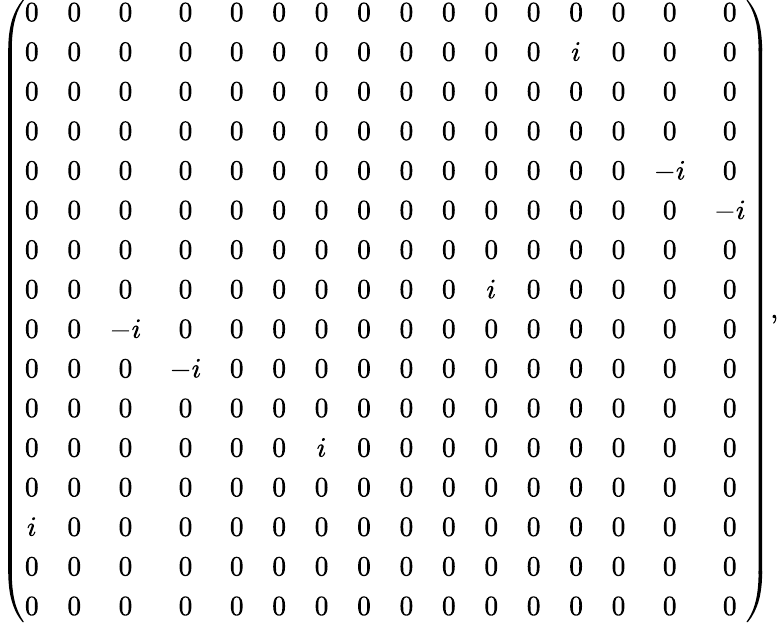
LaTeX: \left(\begin{array}{cccccccccccccccc}{{0}}&{{0}}&{{0}}&{{0}}&{{0}}&{{0}}&{{0}}&{{0}}&{{0}}&{{0}}&{{0}}&{{0}}&{{0}}&{{0}}&{{0}}&{{0}}\\ {{0}}&{{0}}&{{0}}&{{0}}&{{0}}&{{0}}&{{0}}&{{0}}&{{0}}&{{0}}&{{0}}&{{0}}&{{i}}&{{0}}&{{0}}&{{0}}\\ {{0}}&{{0}}&{{0}}&{{0}}&{{0}}&{{0}}&{{0}}&{{0}}&{{0}}&{{0}}&{{0}}&{{0}}&{{0}}&{{0}}&{{0}}&{{0}}\\ {{0}}&{{0}}&{{0}}&{{0}}&{{0}}&{{0}}&{{0}}&{{0}}&{{0}}&{{0}}&{{0}}&{{0}}&{{0}}&{{0}}&{{0}}&{{0}}\\ {{0}}&{{0}}&{{0}}&{{0}}&{{0}}&{{0}}&{{0}}&{{0}}&{{0}}&{{0}}&{{0}}&{{0}}&{{0}}&{{0}}&{{-i}}&{{0}}\\ {{0}}&{{0}}&{{0}}&{{0}}&{{0}}&{{0}}&{{0}}&{{0}}&{{0}}&{{0}}&{{0}}&{{0}}&{{0}}&{{0}}&{{0}}&{{-i}}\\ {{0}}&{{0}}&{{0}}&{{0}}&{{0}}&{{0}}&{{0}}&{{0}}&{{0}}&{{0}}&{{0}}&{{0}}&{{0}}&{{0}}&{{0}}&{{0}}\\ {{0}}&{{0}}&{{0}}&{{0}}&{{0}}&{{0}}&{{0}}&{{0}}&{{0}}&{{0}}&{{i}}&{{0}}&{{0}}&{{0}}&{{0}}&{{0}}\\ {{0}}&{{0}}&{{-i}}&{{0}}&{{0}}&{{0}}&{{0}}&{{0}}&{{0}}&{{0}}&{{0}}&{{0}}&{{0}}&{{0}}&{{0}}&{{0}}\\ {{0}}&{{0}}&{{0}}&{{-i}}&{{0}}&{{0}}&{{0}}&{{0}}&{{0}}&{{0}}&{{0}}&{{0}}&{{0}}&{{0}}&{{0}}&{{0}}\\ {{0}}&{{0}}&{{0}}&{{0}}&{{0}}&{{0}}&{{0}}&{{0}}&{{0}}&{{0}}&{{0}}&{{0}}&{{0}}&{{0}}&{{0}}&{{0}}\\ {{0}}&{{0}}&{{0}}&{{0}}&{{0}}&{{0}}&{{i}}&{{0}}&{{0}}&{{0}}&{{0}}&{{0}}&{{0}}&{{0}}&{{0}}&{{0}}\\ {{0}}&{{0}}&{{0}}&{{0}}&{{0}}&{{0}}&{{0}}&{{0}}&{{0}}&{{0}}&{{0}}&{{0}}&{{0}}&{{0}}&{{0}}&{{0}}\\ {{i}}&{{0}}&{{0}}&{{0}}&{{0}}&{{0}}&{{0}}&{{0}}&{{0}}&{{0}}&{{0}}&{{0}}&{{0}}&{{0}}&{{0}}&{{0}}\\ {{0}}&{{0}}&{{0}}&{{0}}&{{0}}&{{0}}&{{0}}&{{0}}&{{0}}&{{0}}&{{0}}&{{0}}&{{0}}&{{0}}&{{0}}&{{0}}\\ {{0}}&{{0}}&{{0}}&{{0}}&{{0}}&{{0}}&{{0}}&{{0}}&{{0}}&{{0}}&{{0}}&{{0}}&{{0}}&{{0}}&{{0}}&{{0}}\end{array}\right),